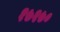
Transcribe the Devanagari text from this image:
१७२७०